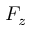
F _ { z }